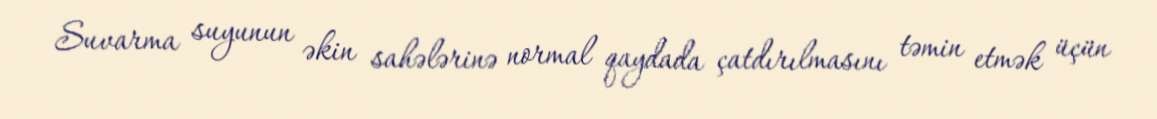
Suvarma suyunun əkin sahələrinə normal qaydada çatdırılmasını təmin etmək üçün